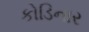
કોડિનાર